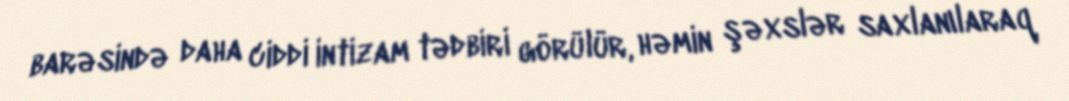
barəsində daha ciddi intizam tədbiri görülür, həmin şəxslər saxlanılaraq